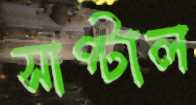
সাপ্‌টাল